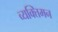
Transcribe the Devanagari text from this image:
व्यक्तिमन